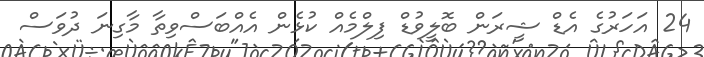
24 އަހަރުގެ އެޑް ޝީރަން ބޮލީވުޑް ފިލްމެއް ކުޅެން އެއްބަސްވިތާ މާގިނަ ދުވަސް